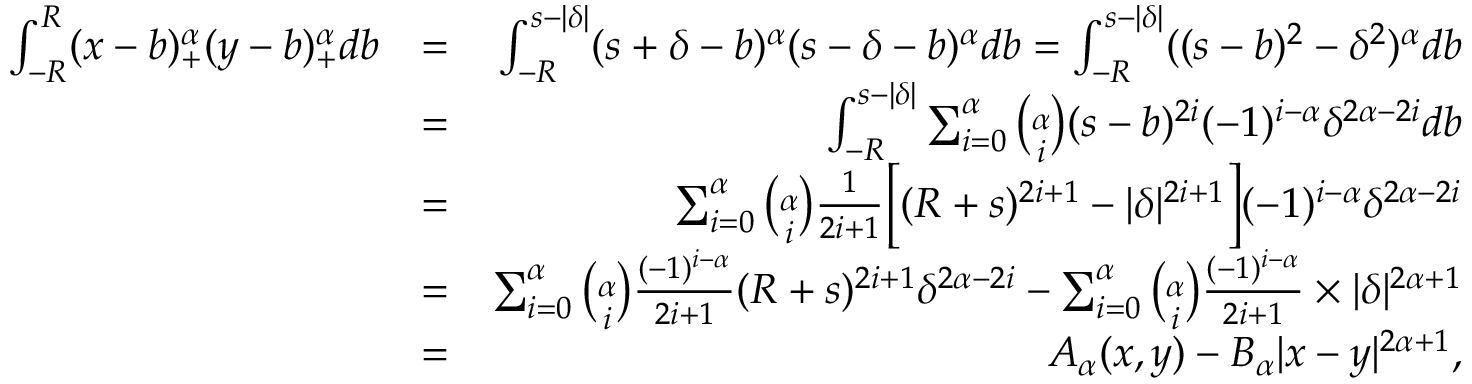
\begin{array} { r l r } { \int _ { - R } ^ { R } ( x - b ) _ { + } ^ { \alpha } ( y - b ) _ { + } ^ { \alpha } d b } & { = } & { \int _ { - R } ^ { s - | \delta | } ( s + \delta - b ) ^ { \alpha } ( s - \delta - b ) ^ { \alpha } d b = \int _ { - R } ^ { s - | \delta | } ( ( s - b ) ^ { 2 } - \delta ^ { 2 } ) ^ { \alpha } d b } \\ & { = } & { \int _ { - R } ^ { s - | \delta | } \sum _ { i = 0 } ^ { \alpha } { \binom { \alpha } { i } } ( s - b ) ^ { 2 i } ( - 1 ) ^ { i - \alpha } \delta ^ { 2 \alpha - 2 i } d b } \\ & { = } & { \sum _ { i = 0 } ^ { \alpha } { \binom { \alpha } { i } } \frac { 1 } { 2 i + 1 } \Big [ ( R + s ) ^ { 2 i + 1 } - | \delta | ^ { 2 i + 1 } \Big ] ( - 1 ) ^ { i - \alpha } \delta ^ { 2 \alpha - 2 i } } \\ & { = } & { \sum _ { i = 0 } ^ { \alpha } { \binom { \alpha } { i } } \frac { ( - 1 ) ^ { i - \alpha } } { 2 i + 1 } ( R + s ) ^ { 2 i + 1 } \delta ^ { 2 \alpha - 2 i } - \sum _ { i = 0 } ^ { \alpha } { \binom { \alpha } { i } } \frac { ( - 1 ) ^ { i - \alpha } } { 2 i + 1 } \times | \delta | ^ { 2 \alpha + 1 } } \\ & { = } & { A _ { \alpha } ( x , y ) - B _ { \alpha } | x - y | ^ { 2 \alpha + 1 } , } \end{array}